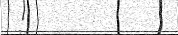
: